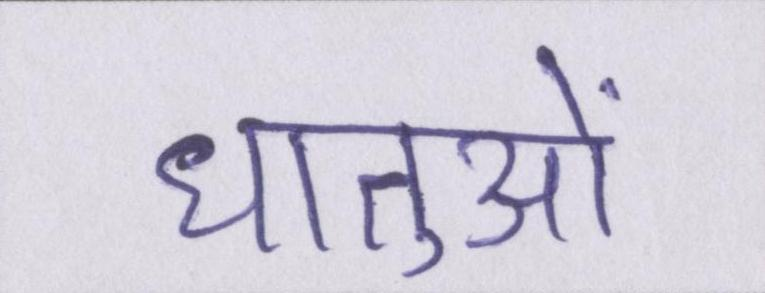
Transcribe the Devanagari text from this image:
धातुओं